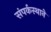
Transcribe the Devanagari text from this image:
संपर्कस्थाने